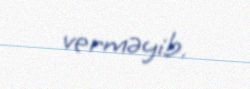
verməyib.